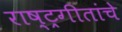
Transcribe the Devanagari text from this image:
राष्ट्रगीतांचे